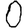
Digit: 0